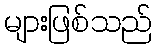
များဖြစ်သည်